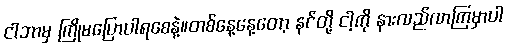
ငါဘာမှ ကြိုမပြောပါရစေနဲ့။တစ်နေ့နေ့တော့ နင်တို့ ငါ့ကို နားလည်လာကြမှာပါ